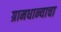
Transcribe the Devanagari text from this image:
ग्रामधान्याचा